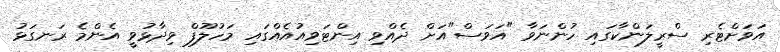
އަވަށްޓެރި ސްރީލަންކާގައި ހުންނަވާ "އަވަސް"އަށް ދެއްވި އިންޓަވިއުއެއްގައި މަހުލޫފް ވިދާޅުވީ އެންމެ ރަނގަޅު